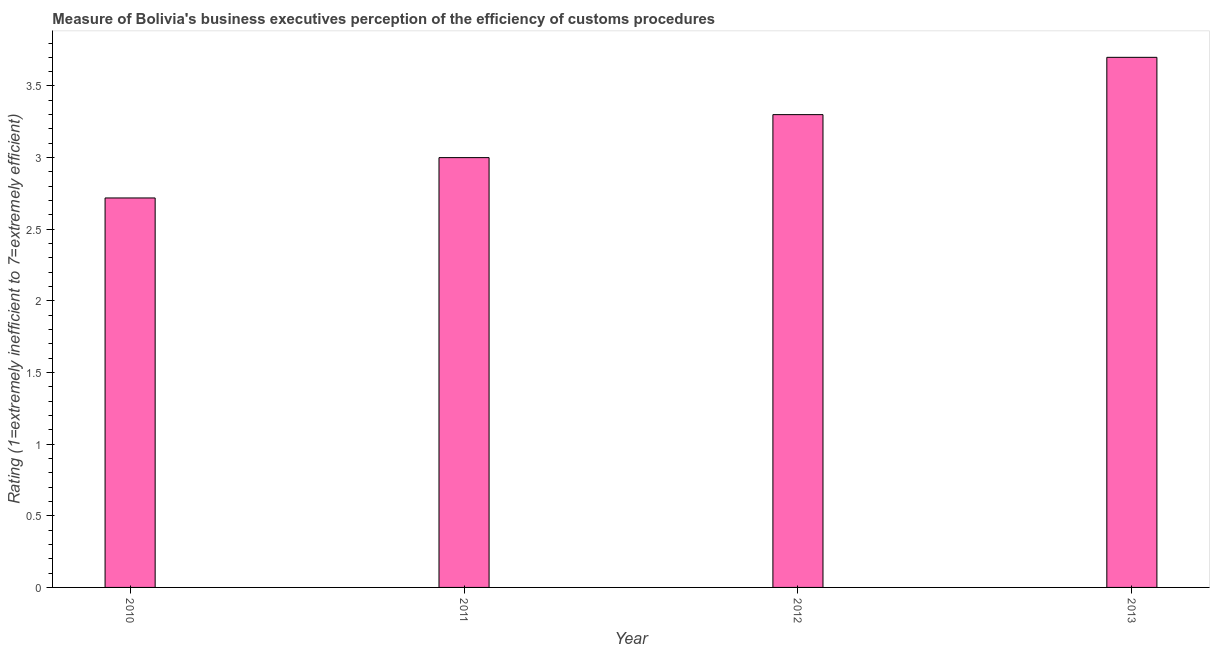
| Year | Burden of customs procedure |
 | --- | --- |
 | 2010 | 2.72 |
 | 2011 | 3 |
 | 2012 | 3.3 |
 | 2013 | 3.7 |